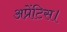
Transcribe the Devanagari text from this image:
अप्रेंटिस।